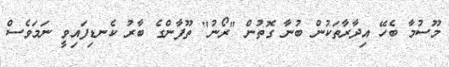
މޫސުމާ ބެހޭ އިދާރާތަކުން ބުނާ ގޮތުން "ރޯނު" ތޫފާންގެ ބާރު ކެނޑިފައިވީ ނަމަވެސް